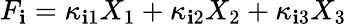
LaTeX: F_{\mathbf{i}}=\kappa_{\mathbf{i}1}X_{1}+\kappa_{\mathbf{i}2}X_{2}+\kappa_{\mathbf{i}3}X_{3}